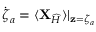
\dot { { \boldsymbol { \zeta } } } _ { a } = \langle { \mathbf { X } } _ { \widehat { H } } \rangle | _ { { \mathbf { z } } = { \boldsymbol { \zeta } } _ { a } }